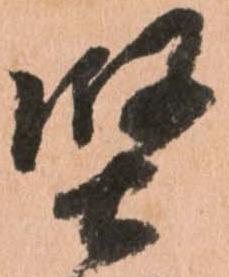
堅